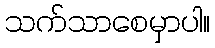
သက်သာစေမှာပါ။